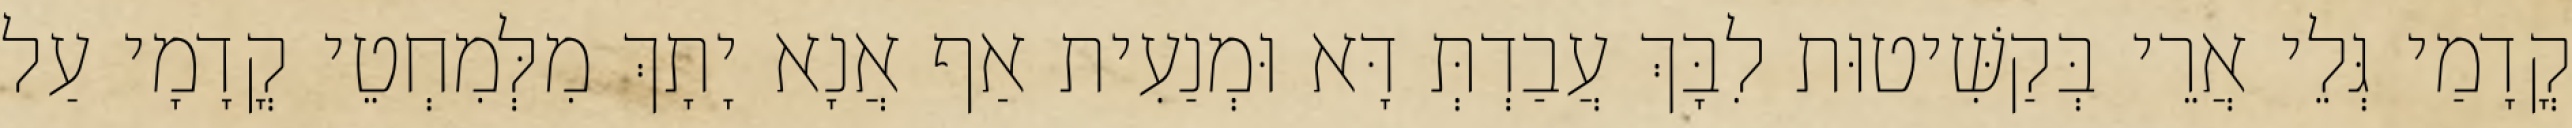
קֳדָמַי גְּלֵי אֲרֵי בְּקַשִּׁיטוּת לִבָּךְ עֲבַדְתְּ דָּא וּמְנַעִית אַף אֲנָא יָתָךְ מִלְּמִחְטֵי קֳדָמָי עַל